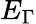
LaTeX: E_{\Gamma}